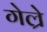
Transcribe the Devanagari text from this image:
गेल्रे